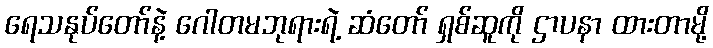
ရေသနုပ်တော်နဲ့ ဂေါတမဘုရားရဲ့ ဆံတော် ရှစ်ဆူကို ဌာပနာ ထားတာမို့